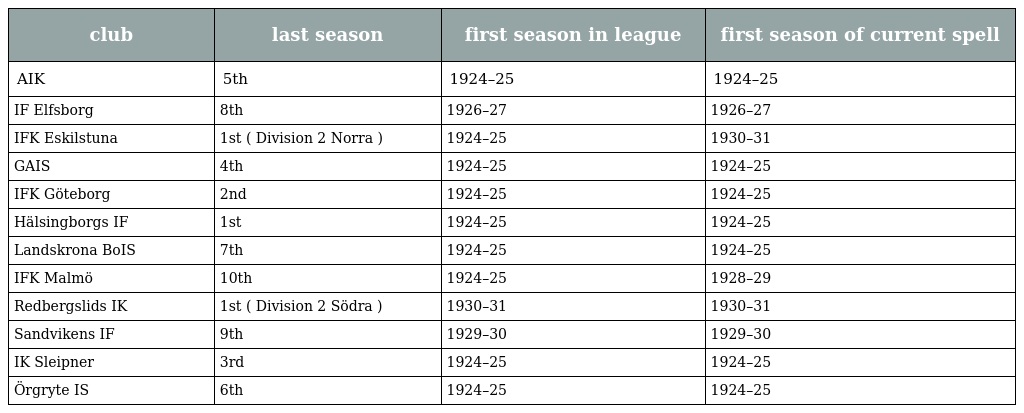
| club | last season | first season in league | first season of current spell |
 | --- | --- | --- | --- |
 | AIK | 5th | 1924–25 | 1924–25 |
 | IF Elfsborg | 8th | 1926–27 | 1926–27 |
 | IFK Eskilstuna | 1st ( Division 2 Norra ) | 1924–25 | 1930–31 |
 | GAIS | 4th | 1924–25 | 1924–25 |
 | IFK Göteborg | 2nd | 1924–25 | 1924–25 |
 | Hälsingborgs IF | 1st | 1924–25 | 1924–25 |
 | Landskrona BoIS | 7th | 1924–25 | 1924–25 |
 | IFK Malmö | 10th | 1924–25 | 1928–29 |
 | Redbergslids IK | 1st ( Division 2 Södra ) | 1930–31 | 1930–31 |
 | Sandvikens IF | 9th | 1929–30 | 1929–30 |
 | IK Sleipner | 3rd | 1924–25 | 1924–25 |
 | Örgryte IS | 6th | 1924–25 | 1924–25 |